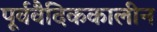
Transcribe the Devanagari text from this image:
पूर्ववैदिककालीन